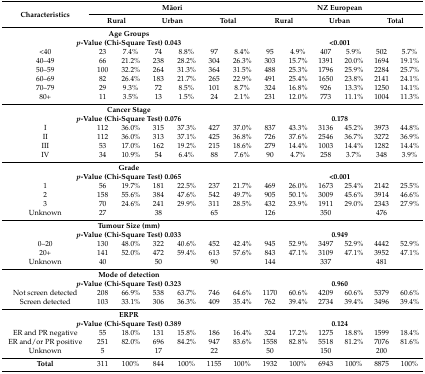
<table><thead><tr><td rowspan="2"><b>Characteristics</b></td><td colspan="6"><b>Māori</b></td><td colspan="6"><b>NZ European</b></td></tr><tr><td colspan="2"><b>Rural</b></td><td colspan="2"><b>Urban</b></td><td colspan="2"><b>Total</b></td><td colspan="2"><b>Rural</b></td><td colspan="2"><b>Urban</b></td><td colspan="2"><b>Total</b></td></tr></thead><tbody><tr><td colspan="7"><b>Age Groups</b></td><td colspan="6"></td></tr><tr><td colspan="7"><b><i>p</i>-Value (Chi-Square Test) 0.043</b></td><td colspan="6"><b>&lt;0.001</b></td></tr><tr><td>&lt;40</td><td>23</td><td>7.4%</td><td>74</td><td>8.8%</td><td>97</td><td>8.4%</td><td>95</td><td>4.9%</td><td>407</td><td>5.9%</td><td>502</td><td>5.7%</td></tr><tr><td>40–49</td><td>66</td><td>21.2%</td><td>238</td><td>28.2%</td><td>304</td><td>26.3%</td><td>303</td><td>15.7%</td><td>1391</td><td>20.0%</td><td>1694</td><td>19.1%</td></tr><tr><td>50–59</td><td>100</td><td>32.2%</td><td>264</td><td>31.3%</td><td>364</td><td>31.5%</td><td>488</td><td>25.3%</td><td>1796</td><td>25.9%</td><td>2284</td><td>25.7%</td></tr><tr><td>60–69</td><td>82</td><td>26.4%</td><td>183</td><td>21.7%</td><td>265</td><td>22.9%</td><td>491</td><td>25.4%</td><td>1650</td><td>23.8%</td><td>2141</td><td>24.1%</td></tr><tr><td>70–79</td><td>29</td><td>9.3%</td><td>72</td><td>8.5%</td><td>101</td><td>8.7%</td><td>324</td><td>16.8%</td><td>926</td><td>13.3%</td><td>1250</td><td>14.1%</td></tr><tr><td>80+</td><td>11</td><td>3.5%</td><td>13</td><td>1.5%</td><td>24</td><td>2.1%</td><td>231</td><td>12.0%</td><td>773</td><td>11.1%</td><td>1004</td><td>11.3%</td></tr><tr><td colspan="7"><b>Cancer Stage</b></td><td colspan="6"></td></tr><tr><td colspan="7"><b><i>p</i>-Value (Chi-Square Test) 0.076 </b></td><td colspan="6"><b>0.178</b></td></tr><tr><td>I</td><td>112</td><td>36.0%</td><td>315</td><td>37.3%</td><td>427</td><td>37.0%</td><td>837</td><td>43.3%</td><td>3136</td><td>45.2%</td><td>3973</td><td>44.8%</td></tr><tr><td>II</td><td>112</td><td>36.0%</td><td>313</td><td>37.1%</td><td>425</td><td>36.8%</td><td>726</td><td>37.6%</td><td>2546</td><td>36.7%</td><td>3272</td><td>36.9%</td></tr><tr><td>III</td><td>53</td><td>17.0%</td><td>162</td><td>19.2%</td><td>215</td><td>18.6%</td><td>279</td><td>14.4%</td><td>1003</td><td>14.4%</td><td>1282</td><td>14.4%</td></tr><tr><td>IV</td><td>34</td><td>10.9%</td><td>54</td><td>6.4%</td><td>88</td><td>7.6%</td><td>90</td><td>4.7%</td><td>258</td><td>3.7%</td><td>348</td><td>3.9%</td></tr><tr><td colspan="7"><b>Grade</b></td><td colspan="6"></td></tr><tr><td colspan="7"><b><i>p</i>-Value (Chi-Square Test) 0.065 </b></td><td colspan="6"><b>&lt;0.001</b></td></tr><tr><td>1</td><td>56</td><td>19.7%</td><td>181</td><td>22.5%</td><td>237</td><td>21.7%</td><td>469</td><td>26.0%</td><td>1673</td><td>25.4%</td><td>2142</td><td>25.5%</td></tr><tr><td>2</td><td>158</td><td>55.6%</td><td>384</td><td>47.6%</td><td>542</td><td>49.7%</td><td>905</td><td>50.1%</td><td>3009</td><td>45.6%</td><td>3914</td><td>46.6%</td></tr><tr><td>3</td><td>70</td><td>24.6%</td><td>241</td><td>29.9%</td><td>311</td><td>28.5%</td><td>432</td><td>23.9%</td><td>1911</td><td>29.0%</td><td>2343</td><td>27.9%</td></tr><tr><td>Unknown</td><td>27</td><td></td><td>38</td><td></td><td>65</td><td></td><td>126</td><td></td><td>350</td><td></td><td>476</td><td></td></tr><tr><td colspan="7"><b>Tumour Size (mm)</b></td><td colspan="6"></td></tr><tr><td colspan="7"><b><i>p</i>-Value (Chi-Square Test) 0.033 </b></td><td colspan="6"><b>0.949</b></td></tr><tr><td>0–20</td><td>130</td><td>48.0%</td><td>322</td><td>40.6%</td><td>452</td><td>42.4%</td><td>945</td><td>52.9%</td><td>3497</td><td>52.9%</td><td>4442</td><td>52.9%</td></tr><tr><td>20+</td><td>141</td><td>52.0%</td><td>472</td><td>59.4%</td><td>613</td><td>57.6%</td><td>843</td><td>47.1%</td><td>3109</td><td>47.1%</td><td>3952</td><td>47.1%</td></tr><tr><td>Unknown</td><td>40</td><td></td><td>50</td><td></td><td>90</td><td></td><td>144</td><td></td><td>337</td><td></td><td>481</td><td></td></tr><tr><td colspan="7"><b>Mode of detection</b></td><td colspan="6"></td></tr><tr><td colspan="7"><b><i>p</i>-Value (Chi-Square Test) 0.323 </b></td><td colspan="6"><b>0.960</b></td></tr><tr><td>Not screen detected</td><td>208</td><td>66.9%</td><td>538</td><td>63.7%</td><td>746</td><td>64.6%</td><td>1170</td><td>60.6%</td><td>4209</td><td>60.6%</td><td>5379</td><td>60.6%</td></tr><tr><td>Screen detected</td><td>103</td><td>33.1%</td><td>306</td><td>36.3%</td><td>409</td><td>35.4%</td><td>762</td><td>39.4%</td><td>2734</td><td>39.4%</td><td>3496</td><td>39.4%</td></tr><tr><td colspan="7"><b>ERPR</b></td><td colspan="6"></td></tr><tr><td colspan="7"><b><i>p</i>-Value (Chi-Square Test) 0.389 </b></td><td colspan="6"><b>0.124</b></td></tr><tr><td>ER and PR negative</td><td>55</td><td>18.0%</td><td>131</td><td>15.8%</td><td>186</td><td>16.4%</td><td>324</td><td>17.2%</td><td>1275</td><td>18.8%</td><td>1599</td><td>18.4%</td></tr><tr><td>ER and/or PR positive</td><td>251</td><td>82.0%</td><td>696</td><td>84.2%</td><td>947</td><td>83.6%</td><td>1558</td><td>82.8%</td><td>5518</td><td>81.2%</td><td>7076</td><td>81.6%</td></tr><tr><td>Unknown</td><td>5</td><td></td><td>17</td><td></td><td>22</td><td></td><td>50</td><td></td><td>150</td><td></td><td>200</td><td></td></tr><tr><td><b>Total</b></td><td>311</td><td>100%</td><td>844</td><td>100%</td><td>1155</td><td>100%</td><td>1932</td><td>100%</td><td>6943</td><td>100%</td><td>8875</td><td>100%</td></tr></tbody></table>